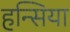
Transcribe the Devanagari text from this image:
हन्सिया